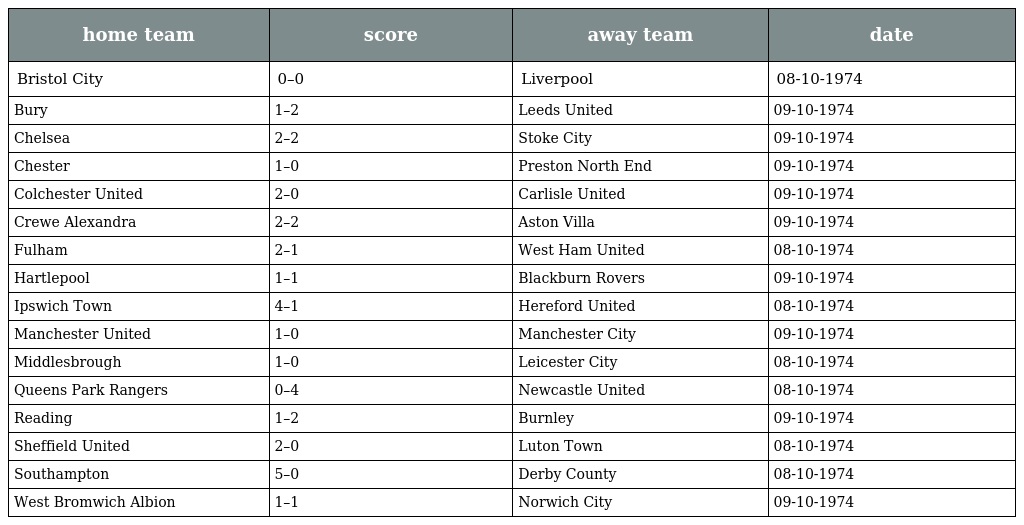
| home team | score | away team | date |
 | --- | --- | --- | --- |
 | Bristol City | 0–0 | Liverpool | 08-10-1974 |
 | Bury | 1–2 | Leeds United | 09-10-1974 |
 | Chelsea | 2–2 | Stoke City | 09-10-1974 |
 | Chester | 1–0 | Preston North End | 09-10-1974 |
 | Colchester United | 2–0 | Carlisle United | 09-10-1974 |
 | Crewe Alexandra | 2–2 | Aston Villa | 09-10-1974 |
 | Fulham | 2–1 | West Ham United | 08-10-1974 |
 | Hartlepool | 1–1 | Blackburn Rovers | 09-10-1974 |
 | Ipswich Town | 4–1 | Hereford United | 08-10-1974 |
 | Manchester United | 1–0 | Manchester City | 09-10-1974 |
 | Middlesbrough | 1–0 | Leicester City | 08-10-1974 |
 | Queens Park Rangers | 0–4 | Newcastle United | 08-10-1974 |
 | Reading | 1–2 | Burnley | 09-10-1974 |
 | Sheffield United | 2–0 | Luton Town | 08-10-1974 |
 | Southampton | 5–0 | Derby County | 08-10-1974 |
 | West Bromwich Albion | 1–1 | Norwich City | 09-10-1974 |